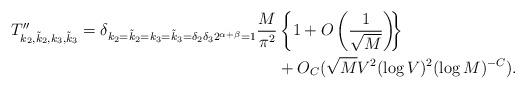
LaTeX: \begin{align*}T''_{k_2, \tilde{k}_2, k_3, \tilde{k}_3} = \delta_{k_2 = \tilde{k}_2 = k_3 = \tilde{k}_3= \delta_2\delta_32^{\alpha+\beta} = 1} \frac{M}{\pi^2}&\left\{ 1+ O\left(\frac{1}{\sqrt{M}}\right)\!\!\right\} \\ &+O_C(\sqrt{M}V^2(\log V)^2(\log M)^{-C}).\end{align*}